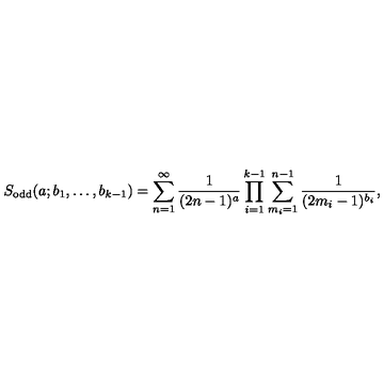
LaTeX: S _ { \mathrm { o d d } } ( a ; b _ { 1 } , \ldots , b _ { k - 1 } ) = \sum _ { n = 1 } ^ { \infty } \frac { 1 } { ( 2 n - 1 ) ^ { a } } \prod _ { i = 1 } ^ { k - 1 } \sum _ { m _ { i } = 1 } ^ { n - 1 } \frac { 1 } { ( 2 m _ { i } - 1 ) ^ { b _ { i } } } ,